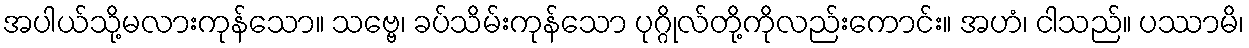
အပါယ်သို့မလားကုန်သော။ သဗ္ဗေ၊ ခပ်သိမ်းကုန်သော ပုဂ္ဂိုလ်တို့ကိုလည်းကောင်း။ အဟံ၊ ငါသည်။ ပဿာမိ၊